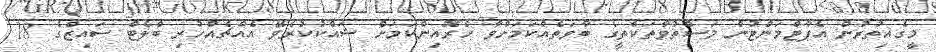
މީގެއިތުރުން އެޕާޓްމަންޓުން މަސްތުވާތަކެތީގެ ބާވަތެއްކަމަށްވާ ހެރޮއިންކަމަށް ޝައްކުކުރެވޭ އެއްޗެއްހުރި ބްލެޓް ސައިޒްގެ 18